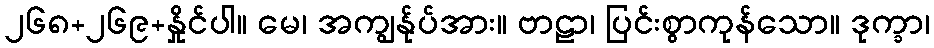
၂၆၈+၂၆၉+နှိုင်ပါ။ မေ၊ အကျွန်ုပ်အား။ ဗာဠာ၊ ပြင်းစွာကုန်သော။ ဒုက္ခာ၊